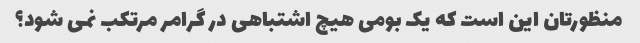
منظورتان این است که یک بومی هیچ اشتباهی در گرامر مرتکب نمی شود؟